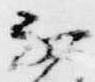
不